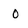
Character: o